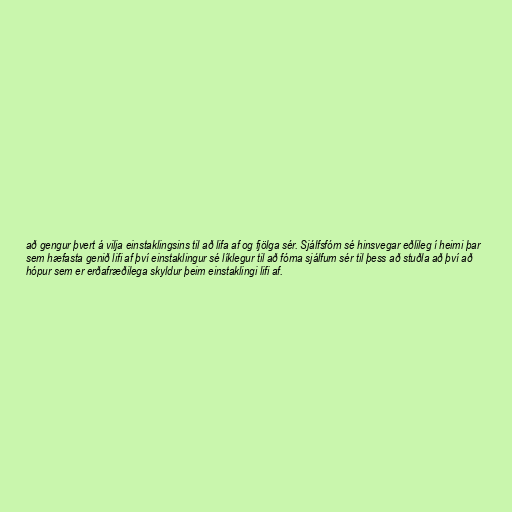
að gengur þvert á vilja einstaklingsins til að lifa af og fjölga sér. Sjálfsfórn sé hinsvegar eðlileg í heimi þar
sem hæfasta genið lifi af því einstaklingur sé líklegur til að fórna sjálfum sér til þess að stuðla að því að
hópur sem er erðafræðilega skyldur þeim einstaklingi lifi af.